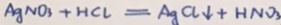
A g N O _ { 3 } + H C l = A g C l \downarrow = H N O _ { 3 }